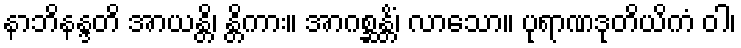
နာဘိနန္ဒတိ အာယန္တိ၊ န္တိကား။ အာဂစ္ဆန္တိံ၊ လာသော။ ပုရာဏဒုတိယိကံ ဝါ၊